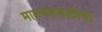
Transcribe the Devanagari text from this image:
मागण्यासाठीची